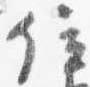
位